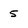
Character: 5